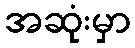
အဆုံးမှာ